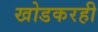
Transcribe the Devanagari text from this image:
खोडकरही